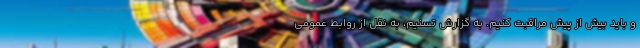
و باید بیش از پیش مراقبت کنیم. به گزارش تسنیم، به نقل از روابط عمومی